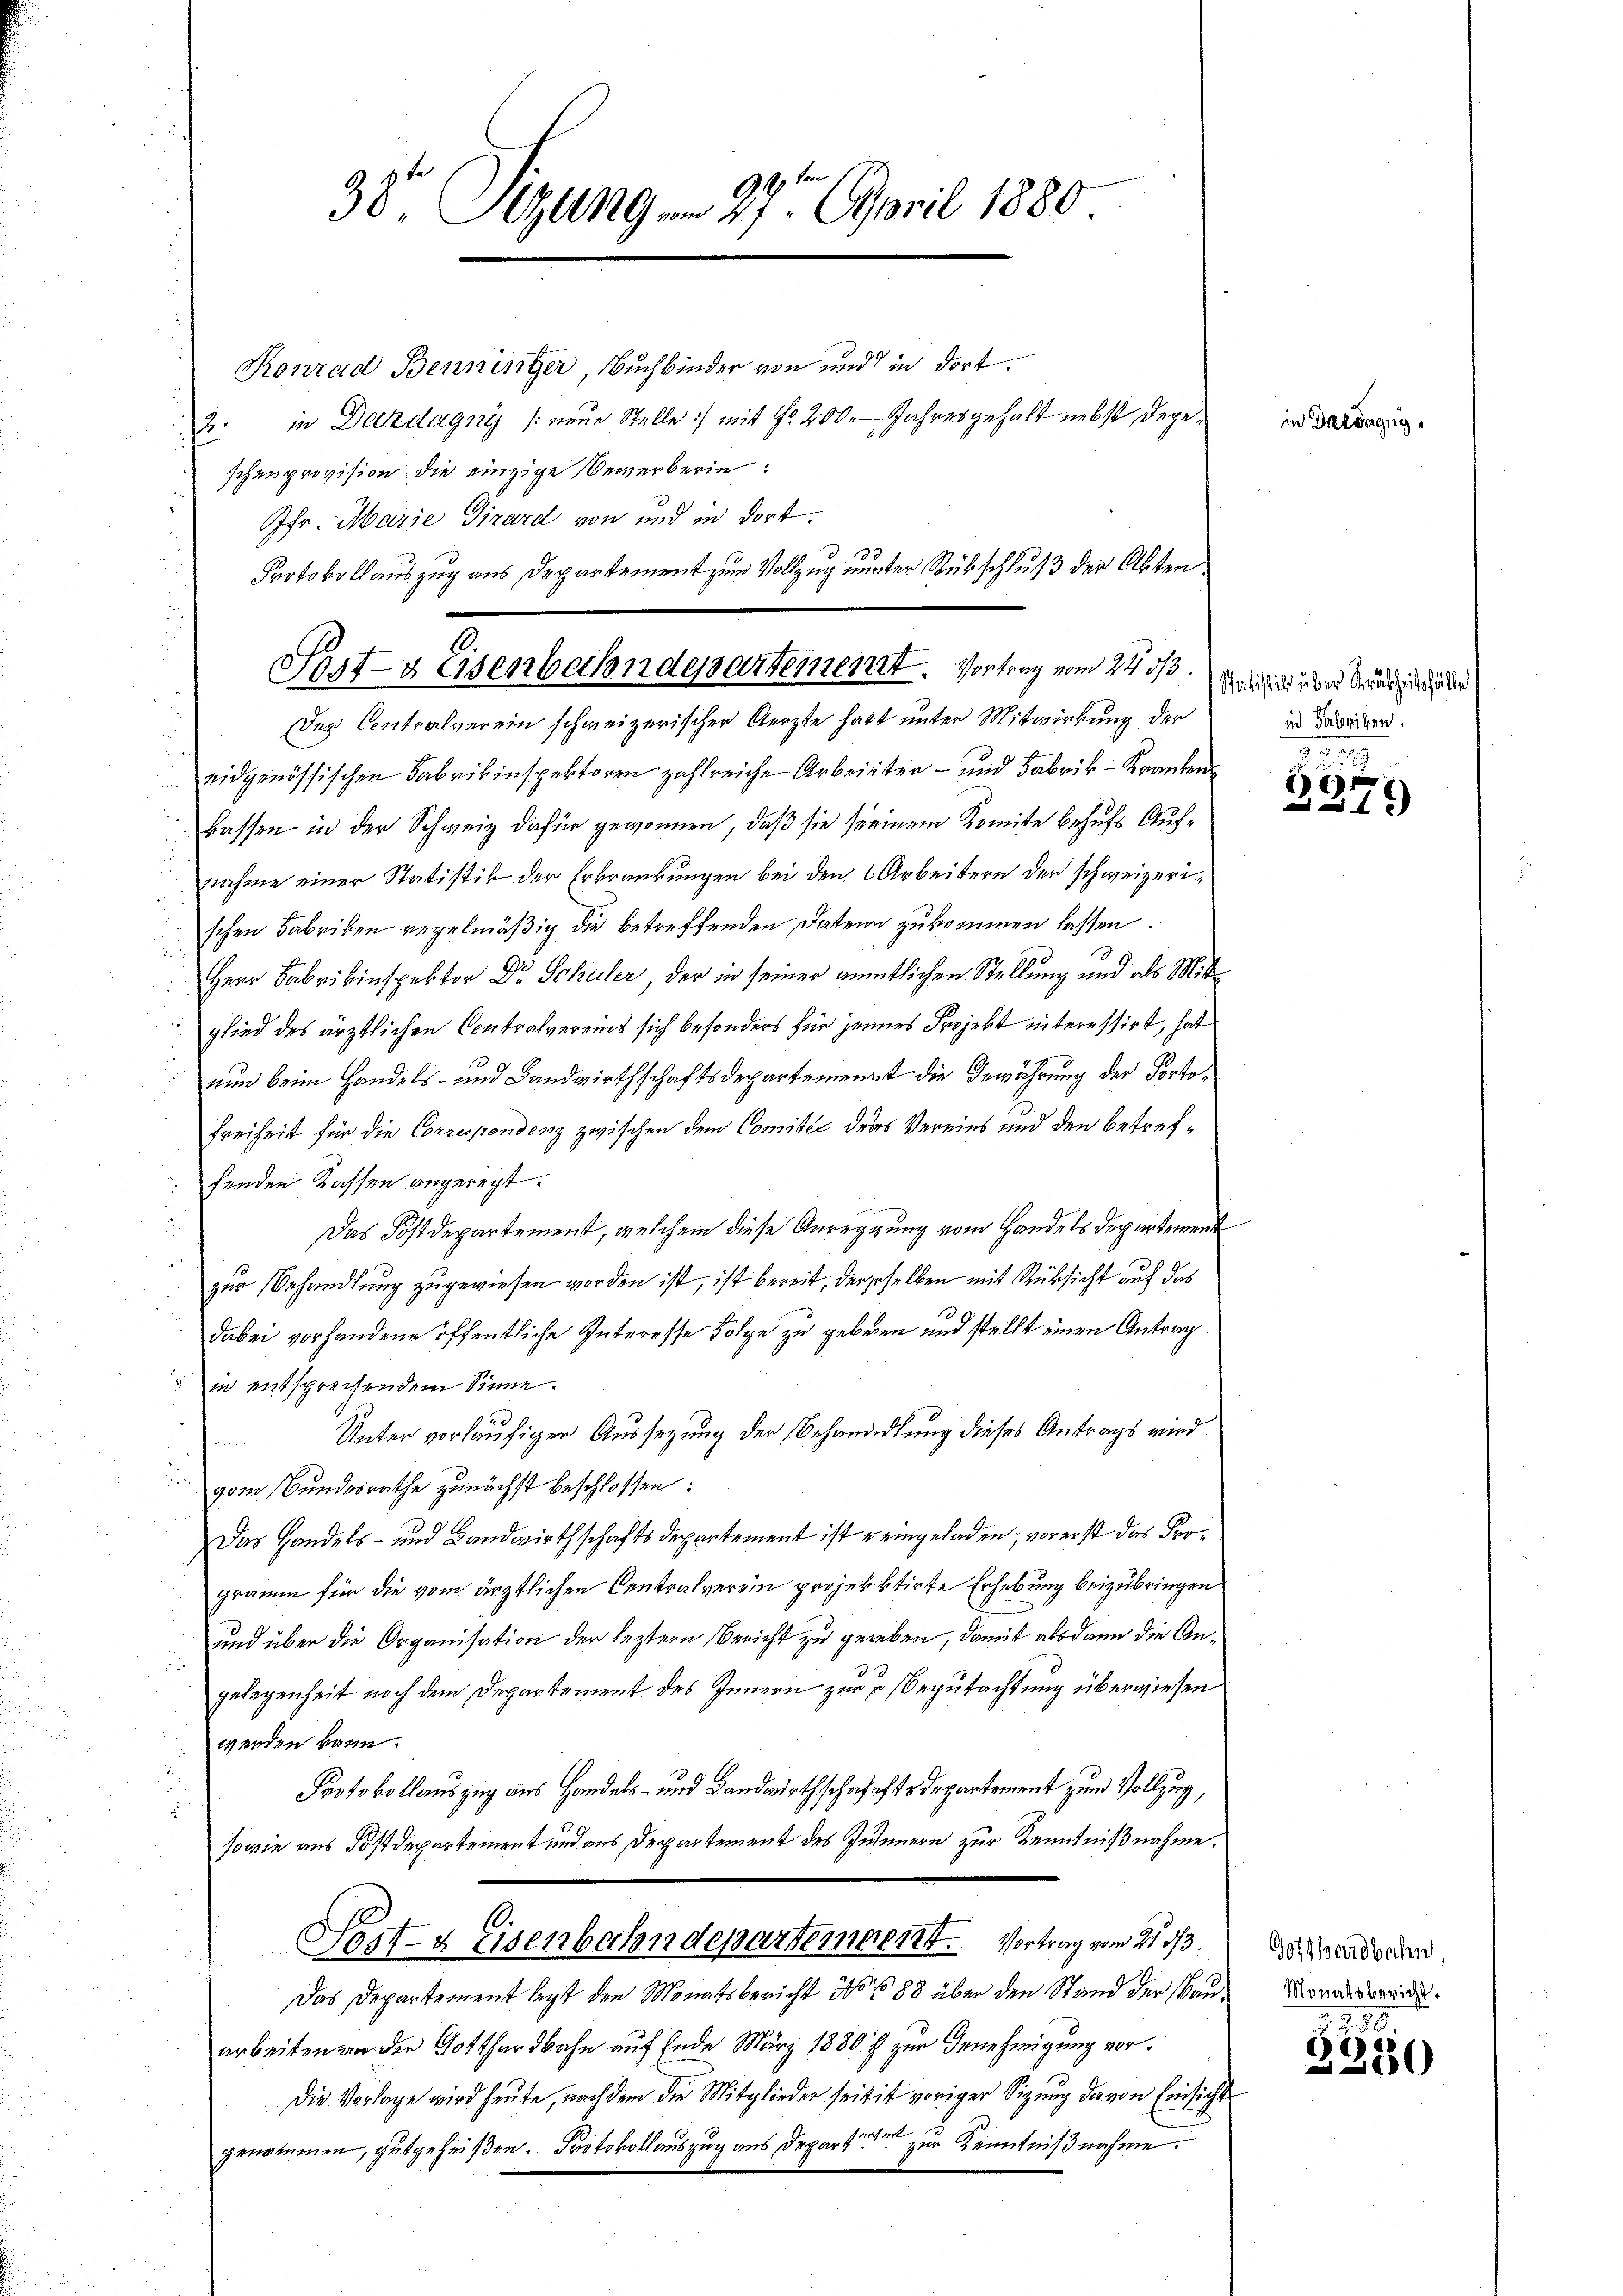
38. Stung vom 27. April 1880

Pfr. Marie Girard von und in dort.
Protokollauszug aus Departement zum Vollzug unter Rükschluß der Akten
0.
Post- Asenbahndepartement. Vortrag vom 24 d

Konrad Benninger, Buchbinder von und in dort.
J. in Dazdagnys /: neue Stelle :/ mit Fr. 200. Jahresgehalt nebst dageschenprovision die einzige Bewerberin:
Der Contralverein schweizerischer Aerzte hatt unter Mitwirkung der
 eidgenössischen Fabrikinspektoren zahlreiche Arbeister- und Fabrik- Kranken
kassen in der Schweiz dafür gewonnen, daß sie seinem Komite behufs Aufnahme einer Statistik der Erkrankungen bei den Arbeitern der schweizerischen Fabriken regelmäßig die betreffenden Daten zukommen lassen.
Herr Fabrikinspektor Dr. Schuler, der in seiner amtlichen Stellung und als Mitglied des ärztlichen Contralvereins sich besonders für jenes Projekt interessirt, hat
nun beim Handels- und Landwirthschaftsdepartement die Gewährung der Porto¬
Freiheit für die Correspondenz zwischen dem Comitée ders Vereins und den betreffenden Kassen angeregt.
Das Postdepartement, welchem diese Anregung vom Handels derartemenzur Behandlung zugewiesen worden ist, ist bereit, derseselben mit Rücksicht auf das
dabei vorhandene öffentliche Interesse Folge zu geboren und stellt einen Antrag
in entsprechendem Sinne.
Unter vorläufiger Aussetzung der Behandlung dieses Antrags wird
vom Bundesrathe zunächst beschlossen:
Das Handels- und Landwirthschaftsdepartement ist eingeladen, vorerst das Programm für die vom ärztlichen Centralverein projekktirte Erhebung beizubringen
und über die Organisation der leztere Bericht zu gereben, damit alsdann die Angelegenheit nach dem Departement des Innern zur Begutachtung überwiesen
werden kann.
Protokollauszug aus Handels- und Landwirthschafechstdepartement zum Vollzug,
sowie aus Postdepartement und aus Departement des Junnern zur Kenntnißnahme.
10.
Post- & Eisenbahndepartement. Vortrag vom 21. 513.
Das Departement legt den Monatsbericht No 688 über den Stand der Bauarbeiten an der Gotthardbahn auf Ende März 1880 zur Genehmigung vor¬
Die Vorlage wird heute, nach dem die Mitglieder seitig voriger Sitzung davon Einsicht
genommen, gutgeheißen. Protokollauszug aus Depart zur Kenntnißnahme.

in Dardagny,

Satistik über Staubheitsfälle
in Fabriken.

)
x

Gotthardbahn,
Monatsbericht.

1250
2
3550